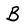
Character: B